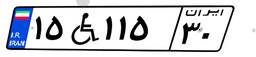
۰۷W۵۳۹۴۶